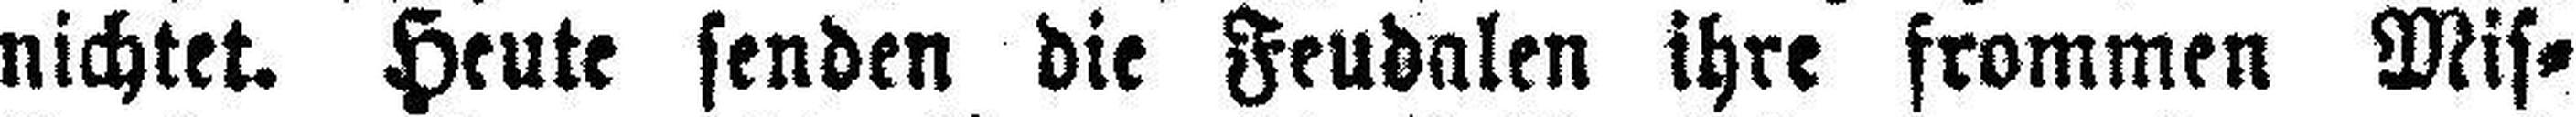
nichtet. Heute senden die Feudalen ihre frommen Mis¬